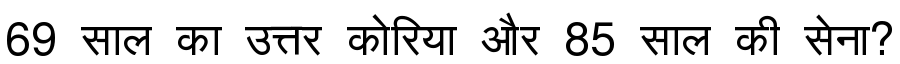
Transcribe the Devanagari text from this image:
69 साल का उत्तर कोरिया और 85 साल की सेना?